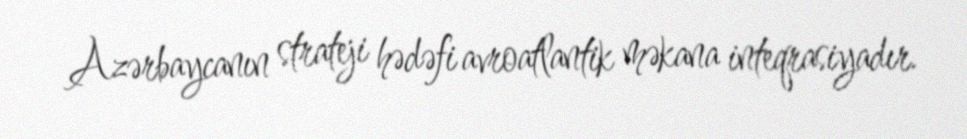
Azərbaycanın strateji hədəfi avroatlantik məkana inteqrasiyadır.